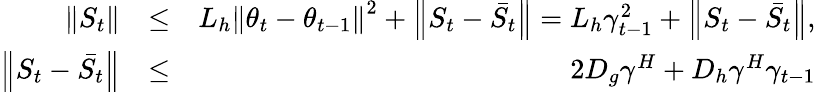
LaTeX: \begin{array}{rlr}{\left\| S_{t}\right\| }&{\leq}&{L_{h}\left\| \theta_{t}-\theta_{t-1}\right\| ^{2}+\left\| S_{t}-\bar{S_{t}}\right\| =L_{h}\gamma_{t-1}^{2}+\left\| S_{t}-\bar{S_{t}}\right\| ,}\\ {\left\| S_{t}-\bar{S_{t}}\right\| }&{\leq}&{2D_{g}\gamma^{H}+D_{h}\gamma^{H}\gamma_{t-1}}\end{array}